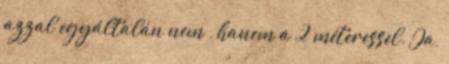
azzal egyáltalán nem , hanem a 2 méteressel. Ja,